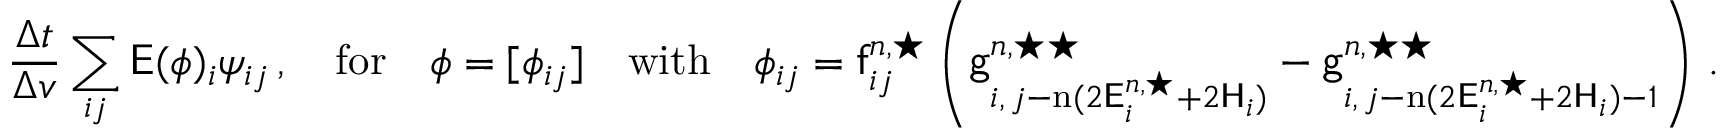
\frac { \Delta t } { \Delta v } \sum _ { i j } \mathsf { E } ( \phi ) _ { i } \psi _ { i j } \, , \quad \mathrm { f o r } \quad \phi = [ \phi _ { i j } ] \quad \mathrm { w i t h } \quad \phi _ { i j } = \mathsf { f } _ { i j } ^ { n , \star } \left( \mathsf { g } _ { i , \, j - \mathrm { n } ( 2 \mathsf { E } _ { i } ^ { n , \star } + 2 \mathsf { H } _ { i } ) } ^ { n , \star \star } - \mathsf { g } _ { i , \, j - \mathrm { n } ( 2 \mathsf { E } _ { i } ^ { n , \star } + 2 \mathsf { H } _ { i } ) - 1 } ^ { n , \star \star } \right) \, .